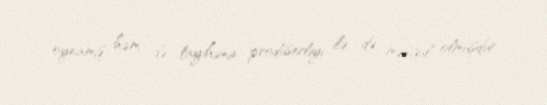
oynamış, həm də layihənin prodüserliyi ilə də məşğul olmuşdur.